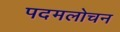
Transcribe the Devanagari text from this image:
पदमलोचन